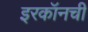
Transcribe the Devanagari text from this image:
इरकॉनची